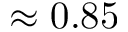
\approx 0 . 8 5